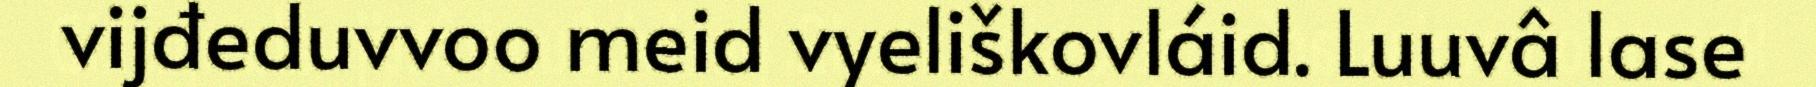
vijđeduvvoo meid vyeliškovláid. Luuvâ lase